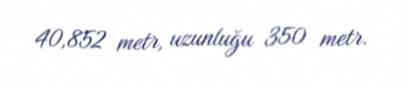
40,852 metr, uzunluğu 350 metr.